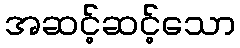
အဆင့်ဆင့်သော